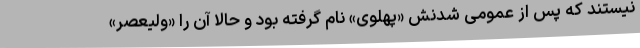
نیستند که پس از عمومی شدنش «پهلوی» نام گرفته بود و حالا آن را «ولیعصر»